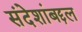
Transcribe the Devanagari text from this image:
संदेशांबद्दल